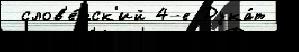
 слов'е́нск'ий 4-е Дука́т